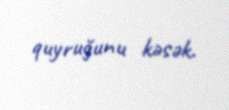
quyruğunu kəsək.